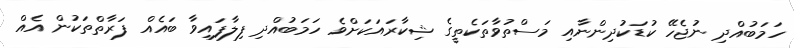
ހަމަބުއްދި ނުޖެހޭ ކުޑަކުދިންނާއި މަސްތުވާތަކެތީގެ ޝިކާރައަކަށްވެ ހަމަބުއްދި ފިލާފައިވާ ބައެއް ފަރާތްތަކުން އެއް